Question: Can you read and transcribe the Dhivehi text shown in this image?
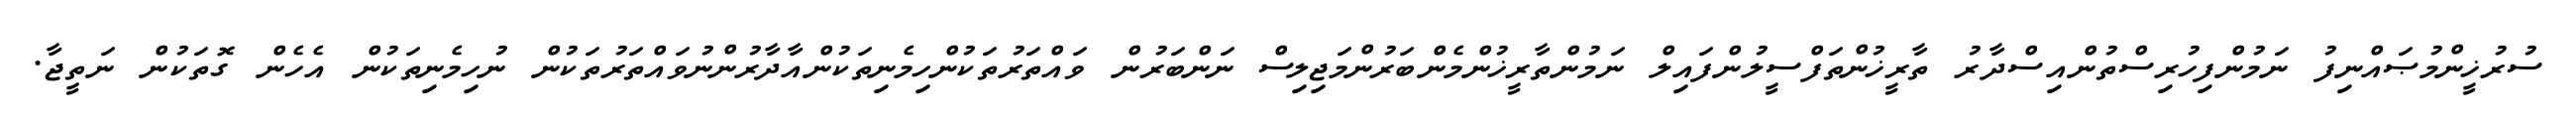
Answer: ސުރުޚީންމުޞައްނިފު ނަމުންފިހުރިސްތުންއިސްދާރު ތާރީޚުންތަފްސީލުންފައިލް ނަމުންތާރީޚުންމެންބަރުންމަޖިލިސް ނަންބަރުން ވައްތަރުތަކުންހިމެނިތަކުންއާދާރުންނުވައްތަރުތަކުން ނުހިމެނިތަކުން އެހެން ގޮތަކުން ނަތީޖާ.